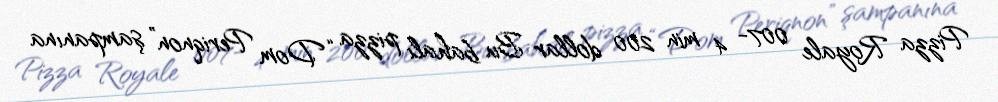
Pizza Royale 007- 4 min 200 dollar Bu bahalı pizza “Dom Periqnon” şampanına